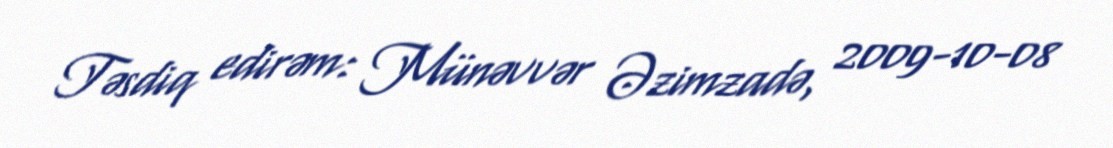
Təsdiq edirəm: Münəvvər Əzimzadə, 2009-10-08